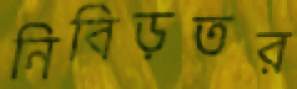
নিবিড়তর